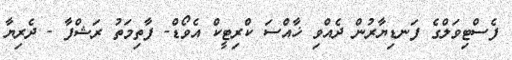
ފެސްޓިވަލްގެ ފަނޑިޔާރުން ދެއްވި ޚާއްސަ ކްރިޓީކް އެވޯޑް- ފާތިމަތު ރަޝްފާ - ދެރިޔާ